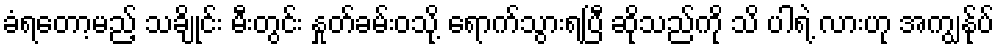
ခံရတော့မည့် သချိုင်း မီးတွင်း နှုတ်ခမ်းဝသို့ ရောက်သွားရပြီ ဆိုသည်ကို သိ ပါရဲ့ လားဟု အကျွန်ုပ်